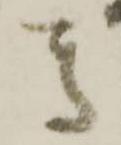
馬